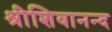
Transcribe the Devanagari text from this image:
श्रीशिवानन्द